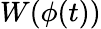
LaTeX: W(\phi(t))